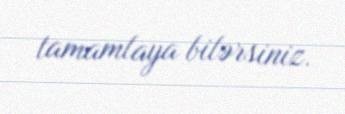
tamamlaya bilərsiniz.